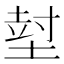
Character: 𡎃